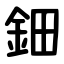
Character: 鈿